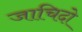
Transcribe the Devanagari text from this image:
जाचिदो